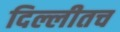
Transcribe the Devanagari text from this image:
दिल्लीतच